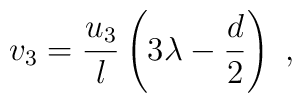
v_3 = \frac{u_3}l \left( 3\lambda -\frac{d}2 \right)~,